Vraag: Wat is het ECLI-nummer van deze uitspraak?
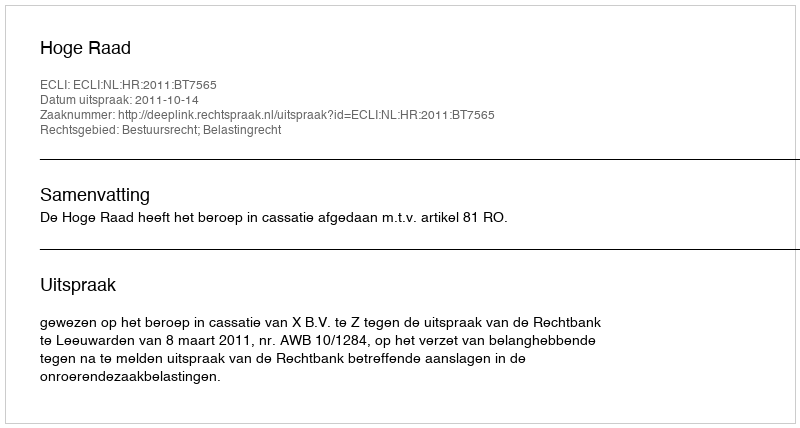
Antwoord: ECLI:NL:HR:2011:BT7565